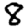
Digit: 8